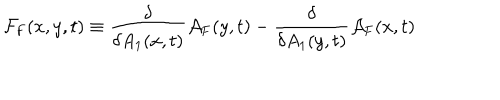
{ \cal F } _ { \mathrm { F } } ( x , y , t ) \equiv \frac { \delta } { \delta A _ { 1 } ( x , t ) } { \cal A } _ { \mathrm { F } } ( y , t ) - \frac { \delta } { \delta A _ { 1 } ( y , t ) } { \cal A } _ { \mathrm { F } } ( x , t )